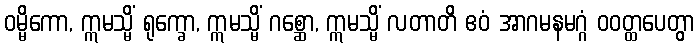
ဝမ္မိကော, ဣမသ္မိံ ရုက္ခော, ဣမသ္မိံ ဂစ္ဆော, ဣမသ္မိံ လတာတိ ဧဝံ အာဂမနမဂ္ဂံ ဝဝတ္ထပေတွာ